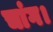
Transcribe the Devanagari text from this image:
चांग।